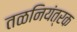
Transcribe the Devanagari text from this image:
तळनियंत्रक